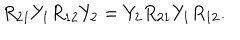
R _ { 2 1 } Y _ { 1 } R _ { 1 2 } Y _ { 2 } = Y _ { 2 } R _ { 2 1 } Y _ { 1 } R _ { 1 2 } .